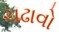
ચઢાવો